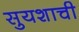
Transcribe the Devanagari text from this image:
सुयशाची